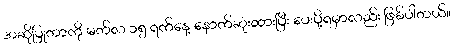
အဆိုပြုတာကို မတ်လ ၁၅ ရက်နေ့ နောက်ဆုံးထားပြီး ပေးပို့ရမှာလည်း ဖြစ်ပါတယ်။